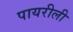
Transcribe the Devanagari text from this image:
पायरीली